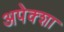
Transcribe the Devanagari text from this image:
अपेक्शा